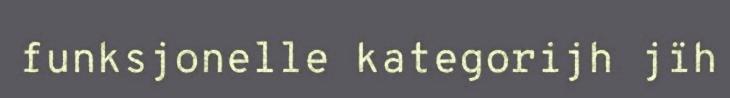
funksjonelle kategorijh jïh